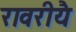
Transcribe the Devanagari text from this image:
रावरीयै